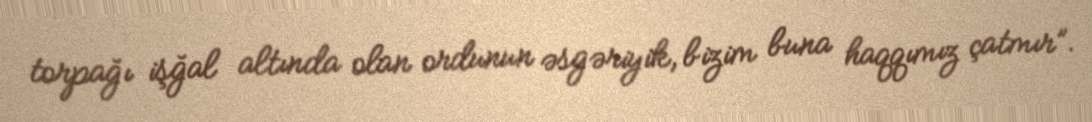
torpağı işğal altında olan ordunun əsgəriyik, bizim buna haqqımız çatmır”.